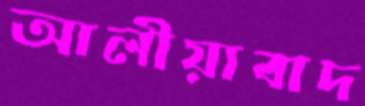
আলীয়াবাদ